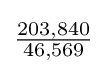
{\tfrac {203,840}{46,569}}